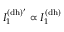
I _ { 1 } ^ { \mathrm { ( d h ) ^ { \prime } } } \propto I _ { 1 } ^ { \mathrm { ( d h ) } }